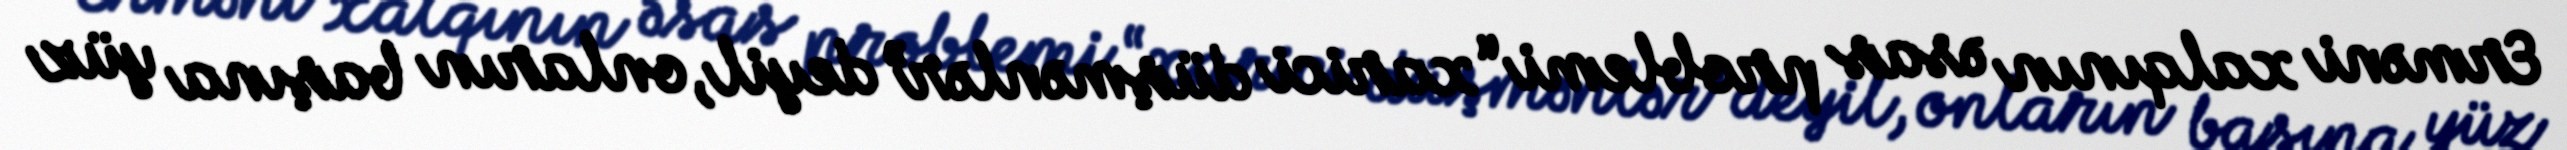
Erməni xalqının əsas problemi “xarici düşmənlər” deyil, onların başına yüz